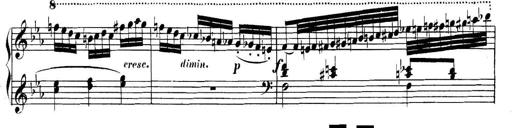
Title: Collected Piano Sonatas
Composer: Muzio Clementi